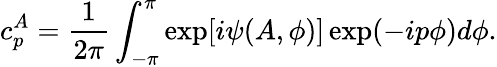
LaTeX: c_{p}^{A}=\frac{1}{2\pi}\int_{-\pi}^{\pi}\exp[i\psi(A,\phi)]\exp(-ip\phi)d\phi.